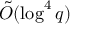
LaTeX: { \tilde { O } } ( \log ^ { 4 } q )